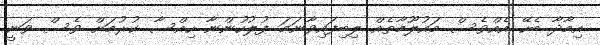
އިމާދާ ބެހޭ އެއްވެސް މައުލޫމާތެއް ލިބިފައިވާނަމަ ފުލުހުންނާ ހިއްސާ ކުރުމަށް ވެސް ވަނީ